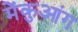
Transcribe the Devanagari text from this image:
मेंकुआंग